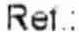
REF.: